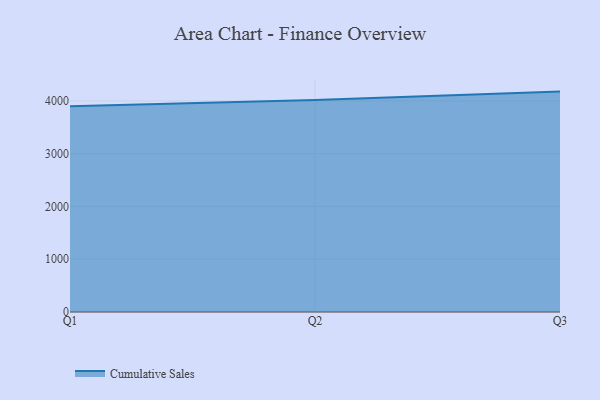
{"axis": {"x": "Quarter", "y": "Customer Acquisition Cost (USD)"}, "legend": ["Cumulative Sales"], "data": [{"x": "Q1", "y": 3899.5, "type": "Cumulative Sales"}, {"x": "Q2", "y": 4016.7, "type": "Cumulative Sales"}, {"x": "Q3", "y": 4176.8, "type": "Cumulative Sales"}]}